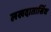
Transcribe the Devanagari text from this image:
लखदातासिंध